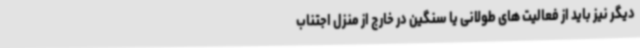
دیگر نیز باید از فعالیت های طولانی یا سنگین در خارج از منزل اجتناب